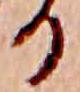
る